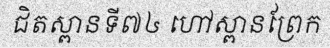
ជិតស្ពានទី៧៤ ហៅស្ពានព្រែក